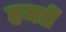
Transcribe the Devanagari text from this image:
हमतें